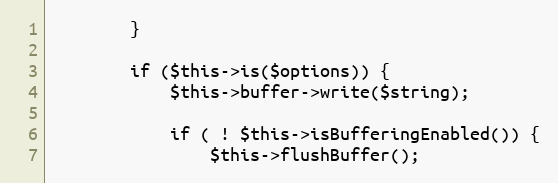
Language: PHP
        }

        if ($this->is($options)) {
            $this->buffer->write($string);

            if ( ! $this->isBufferingEnabled()) {
                $this->flushBuffer();